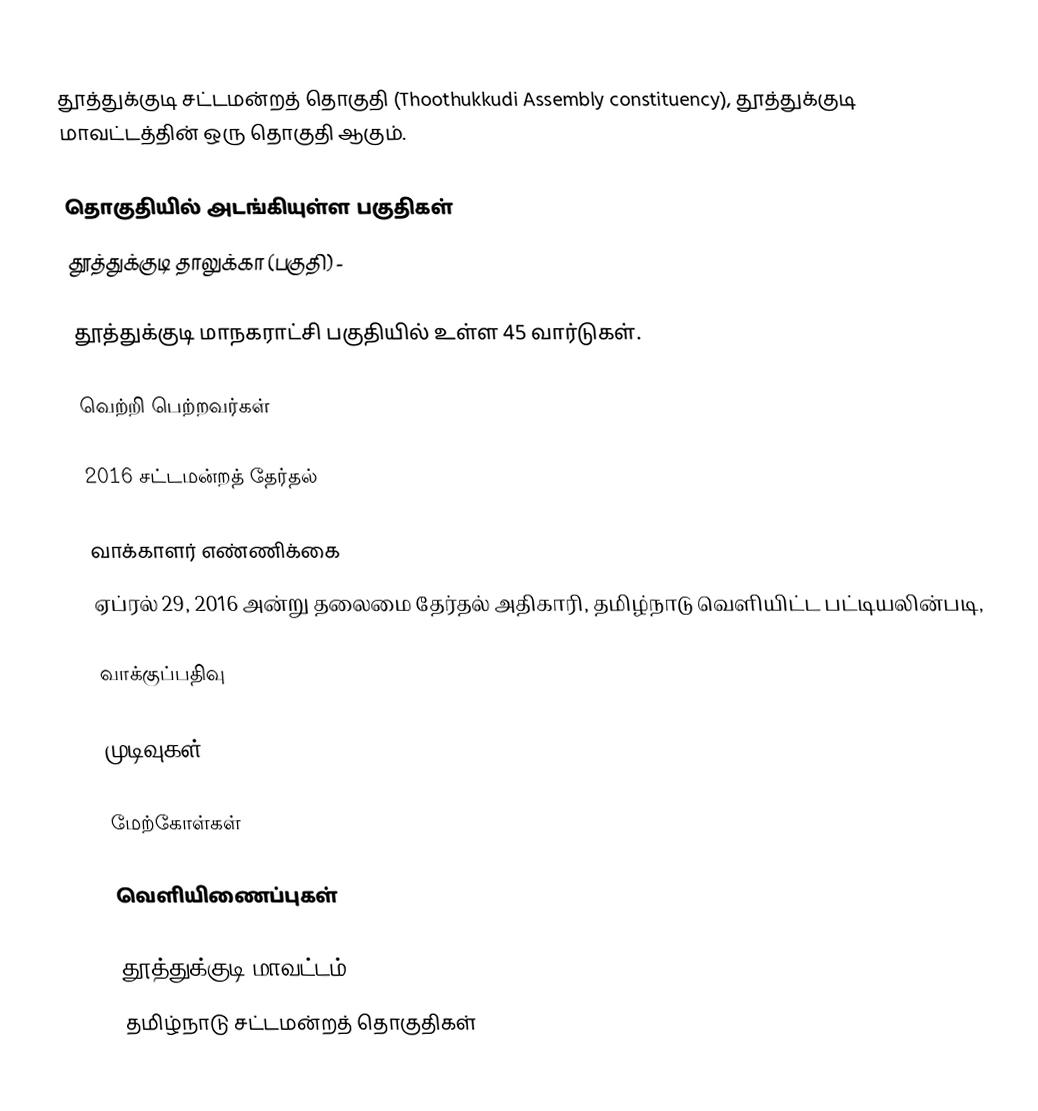
தூத்துக்குடி சட்டமன்றத் தொகுதி (Thoothukkudi Assembly constituency), தூத்துக்குடி மாவட்டத்தின் ஒரு தொகுதி ஆகும்.

தொகுதியில் அடங்கியுள்ள பகுதிகள்
தூத்துக்குடி தாலுக்கா (பகுதி) -

தூத்துக்குடி மாநகராட்சி பகுதியில் உள்ள 45 வார்டுகள்.

வெற்றி பெற்றவர்கள்

2016 சட்டமன்றத் தேர்தல்

வாக்காளர் எண்ணிக்கை
ஏப்ரல் 29, 2016 அன்று தலைமை தேர்தல் அதிகாரி, தமிழ்நாடு வெளியிட்ட பட்டியலின்படி,

வாக்குப்பதிவு

முடிவுகள்

மேற்கோள்கள்

வெளியிணைப்புகள்

தூத்துக்குடி மாவட்டம்
தமிழ்நாடு சட்டமன்றத் தொகுதிகள்